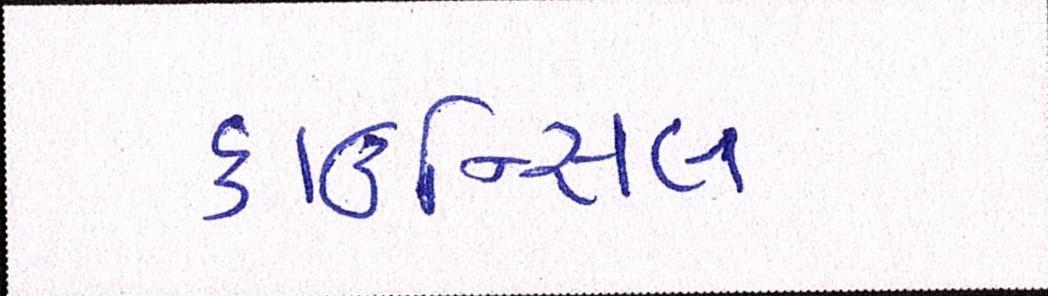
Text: કાઉન્સિલ